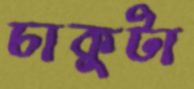
চাকুটা